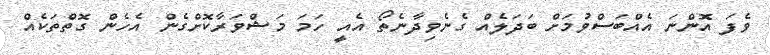
ވެފަ އޮންނަ އެެއްބަސްވުމަށް ބަދަލެއް ގެނެވިދާނެތޯ އެއީ ހަމަ މަޝްވަރާކޮށްގެން އެހެން ގޮތްތަކެއް